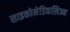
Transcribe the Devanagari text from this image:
साइकोमेडिकलिज्म